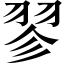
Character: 翏